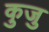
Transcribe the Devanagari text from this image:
कुजु